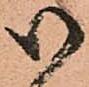
御